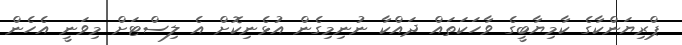
ޕްރިޔަންކާގެ ކާމިޔާބީގެ ވާހަކަތައް ދައްކާ ނުނިމިގެން އުޅެނިކޮށް އެ ލިސްޓަށް މިވަނީ އެހެން